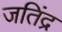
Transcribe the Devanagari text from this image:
जतिंद्र